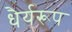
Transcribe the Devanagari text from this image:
धैर्यरूप